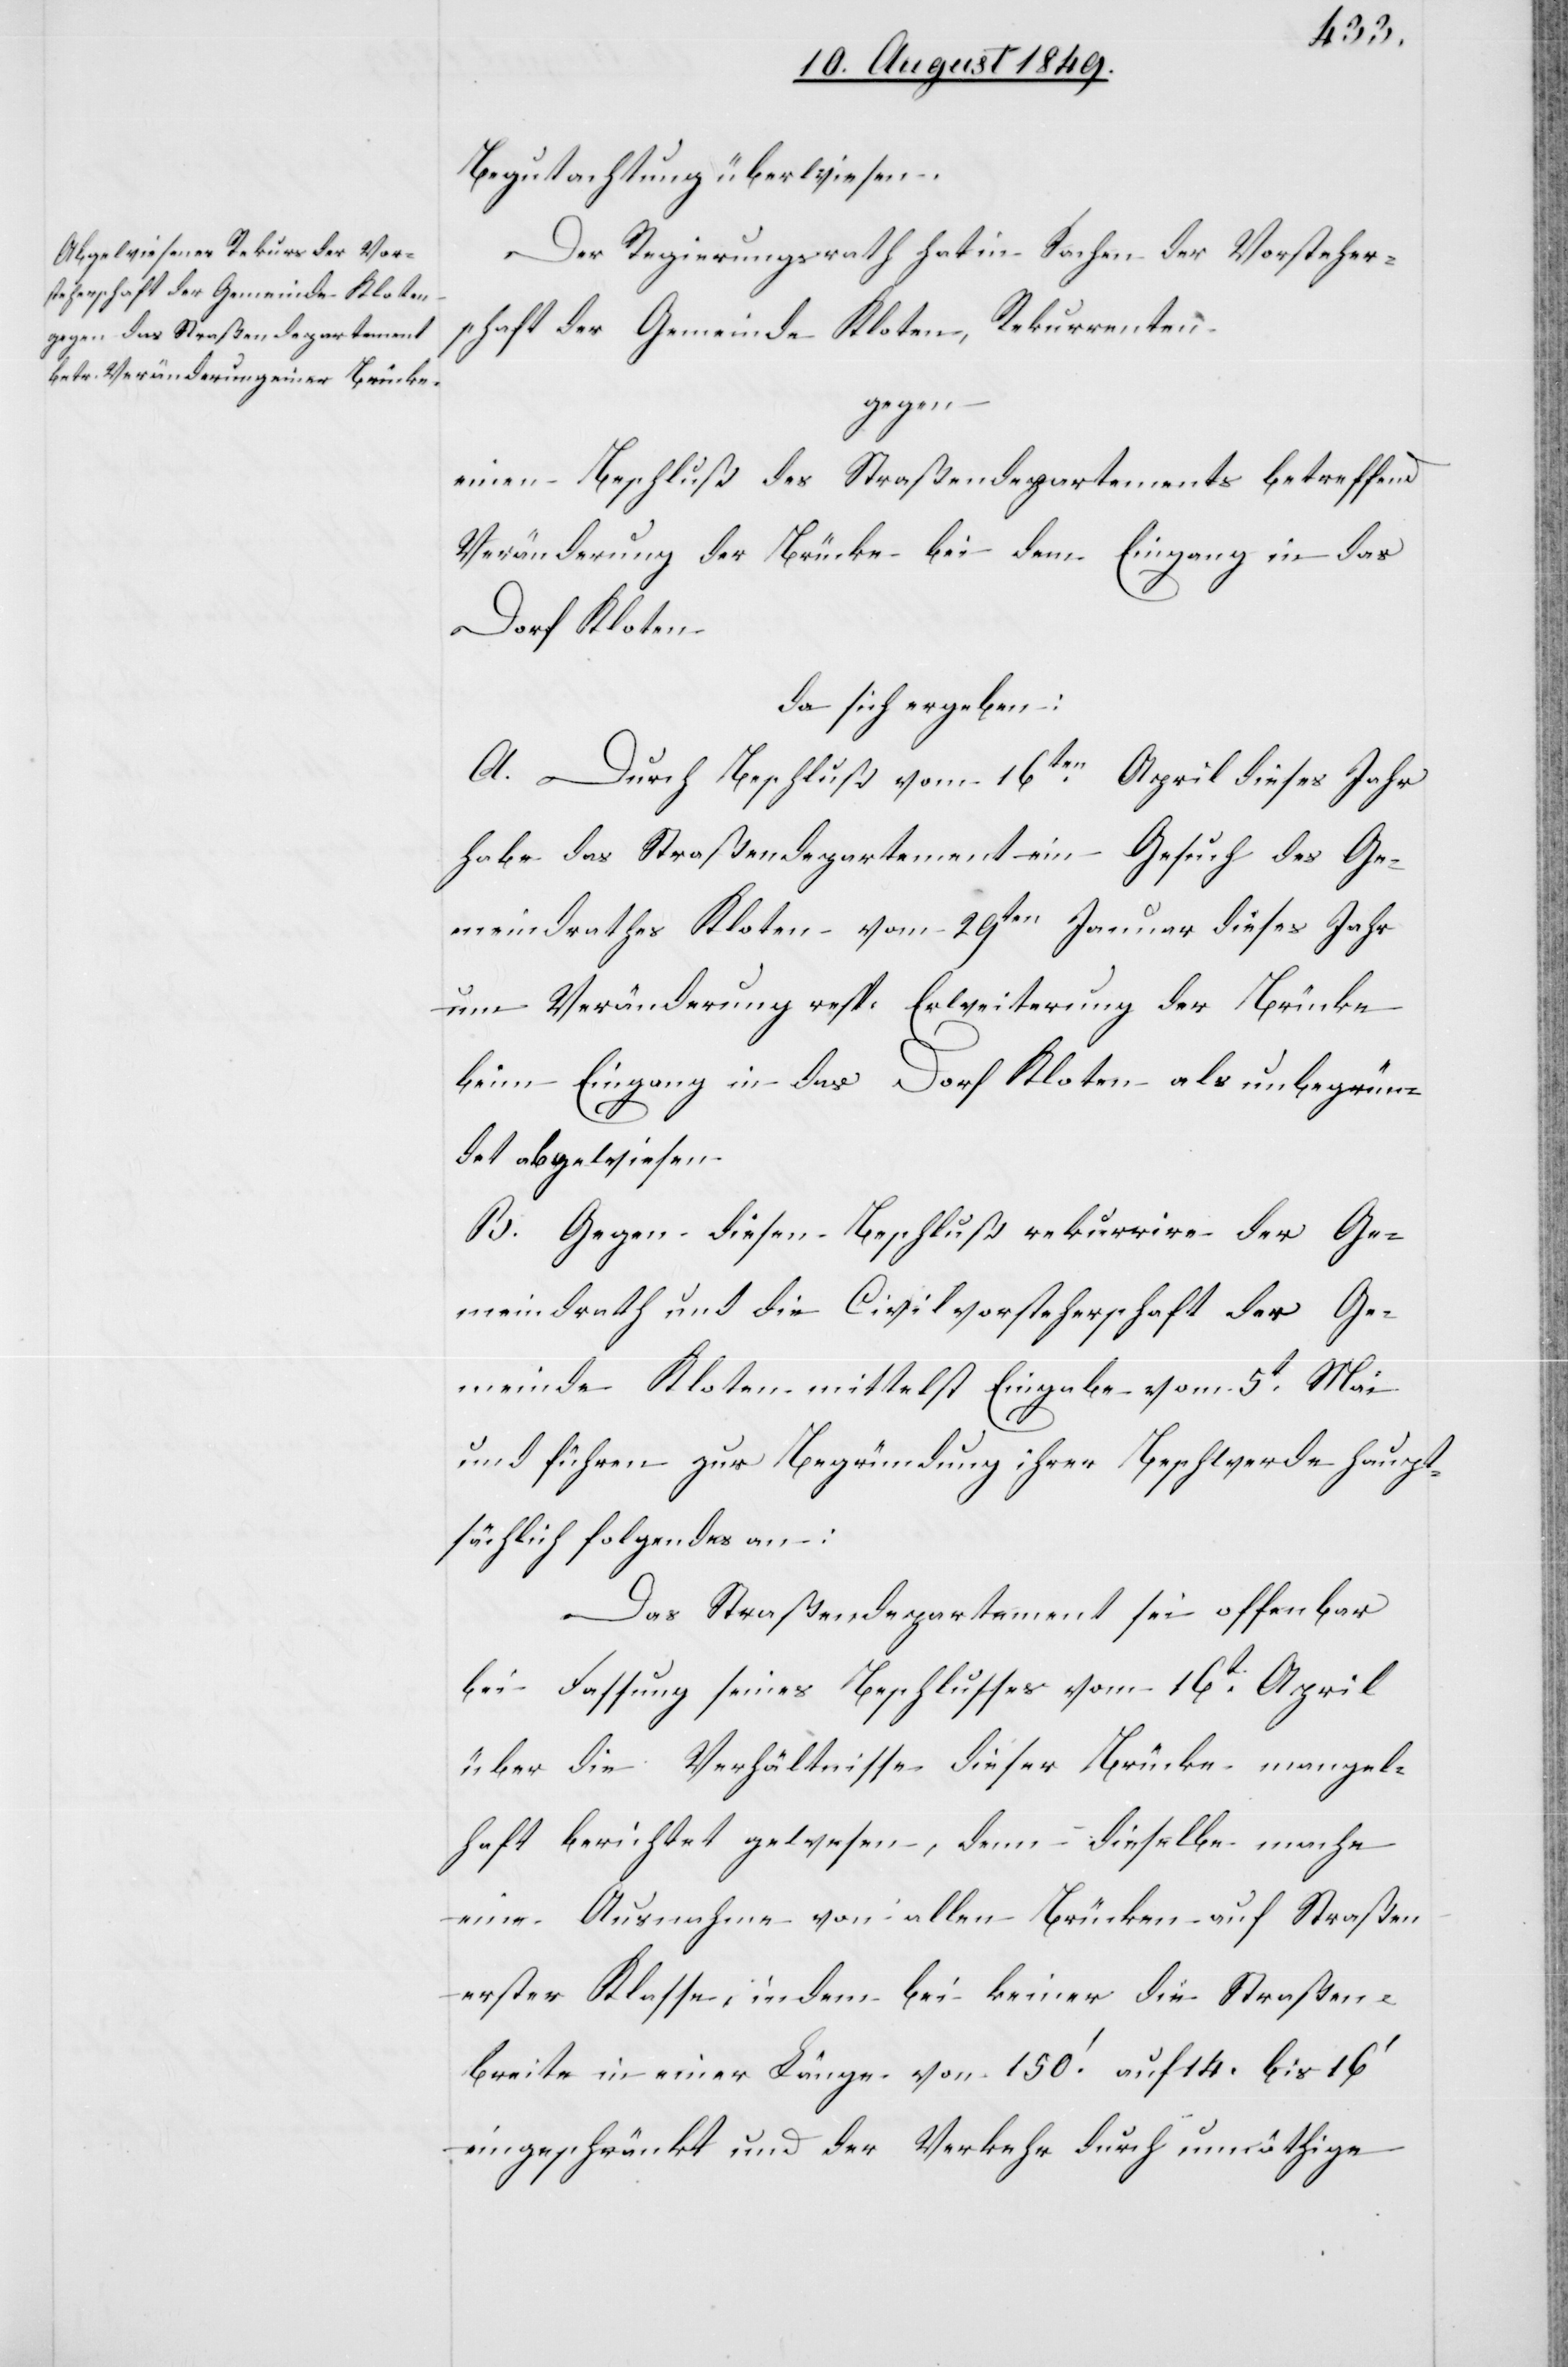
Begutachtung überwiesen.
Der Regierungsrath hat in Sachen der Vorsteher¬
schaft der Gemeinde Kloten, Rekurrenten
gegen
einen Beschluß des Straßendepartements betreffend
Veränderung der Brücke bei dem Eingang in das
Dorf Kloten
da sich ergeben:
A. Durch Beschluß vom 16ten April dieses Jahr
habe das Straßendepartement ein Gesuch des Ge¬
meindrathes Kloten vom 29ten Januar dieses Jahr
um Veränderung resp. Erweiterung der Brücke
beim Eingang in das Dorf Kloten als unbegrün¬
det abgewiesen.
B. Gegen diesen Beschluß rekurrire der Ge¬
meindrath und die Civilvorsteherschaft der Ge¬
meinde Kloten mittelst Eingabe vom 5t Mai
und führen zur Begründung ihrer Beschwerde haupt¬
sächlich folgendes an:
Das Straßendepartement sei offenbar
bei Fassung seines Beschlusses vom 16t April
über die Verhältnisse dieser Brücke mangel¬
haft berichtet gewesen, denn dieselbe mache
eine Ausnahme von allen Brücken auf Straßen
erster Klasse, indem bei keiner die Straßen¬
breite in einer Länge von 150‘. auf 14. bis 16‘
eingeschränkt und der Verkehr durch unnöthige